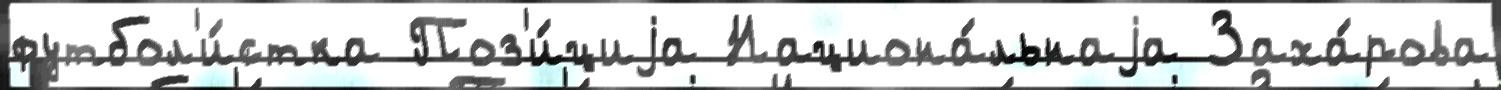
футбол'и́стка Поз'и́циjа Национа́льнаjа Заха́рова